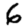
Digit: 6